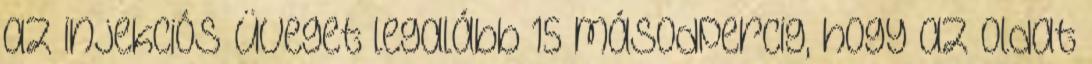
az injekciós üveget legalább 15 másodpercig, hogy az oldat